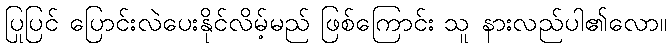
ပြုပြင် ပြောင်းလဲပေးနိုင်လိမ့်မည် ဖြစ်ကြောင်း သူ နားလည်ပါ၏လော။